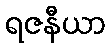
ရဇနီယာ